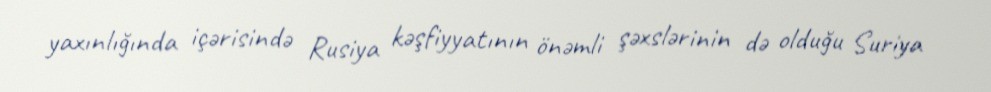
yaxınlığında içərisində Rusiya kəşfiyyatının önəmli şəxslərinin də olduğu Suriya